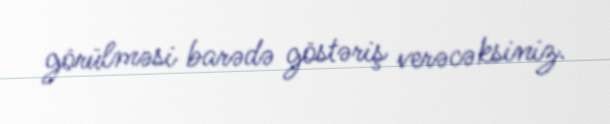
görülməsi barədə göstəriş verəcəksiniz.